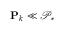
\mathbf { P } _ { k } \ll \mathcal { P } _ { * }